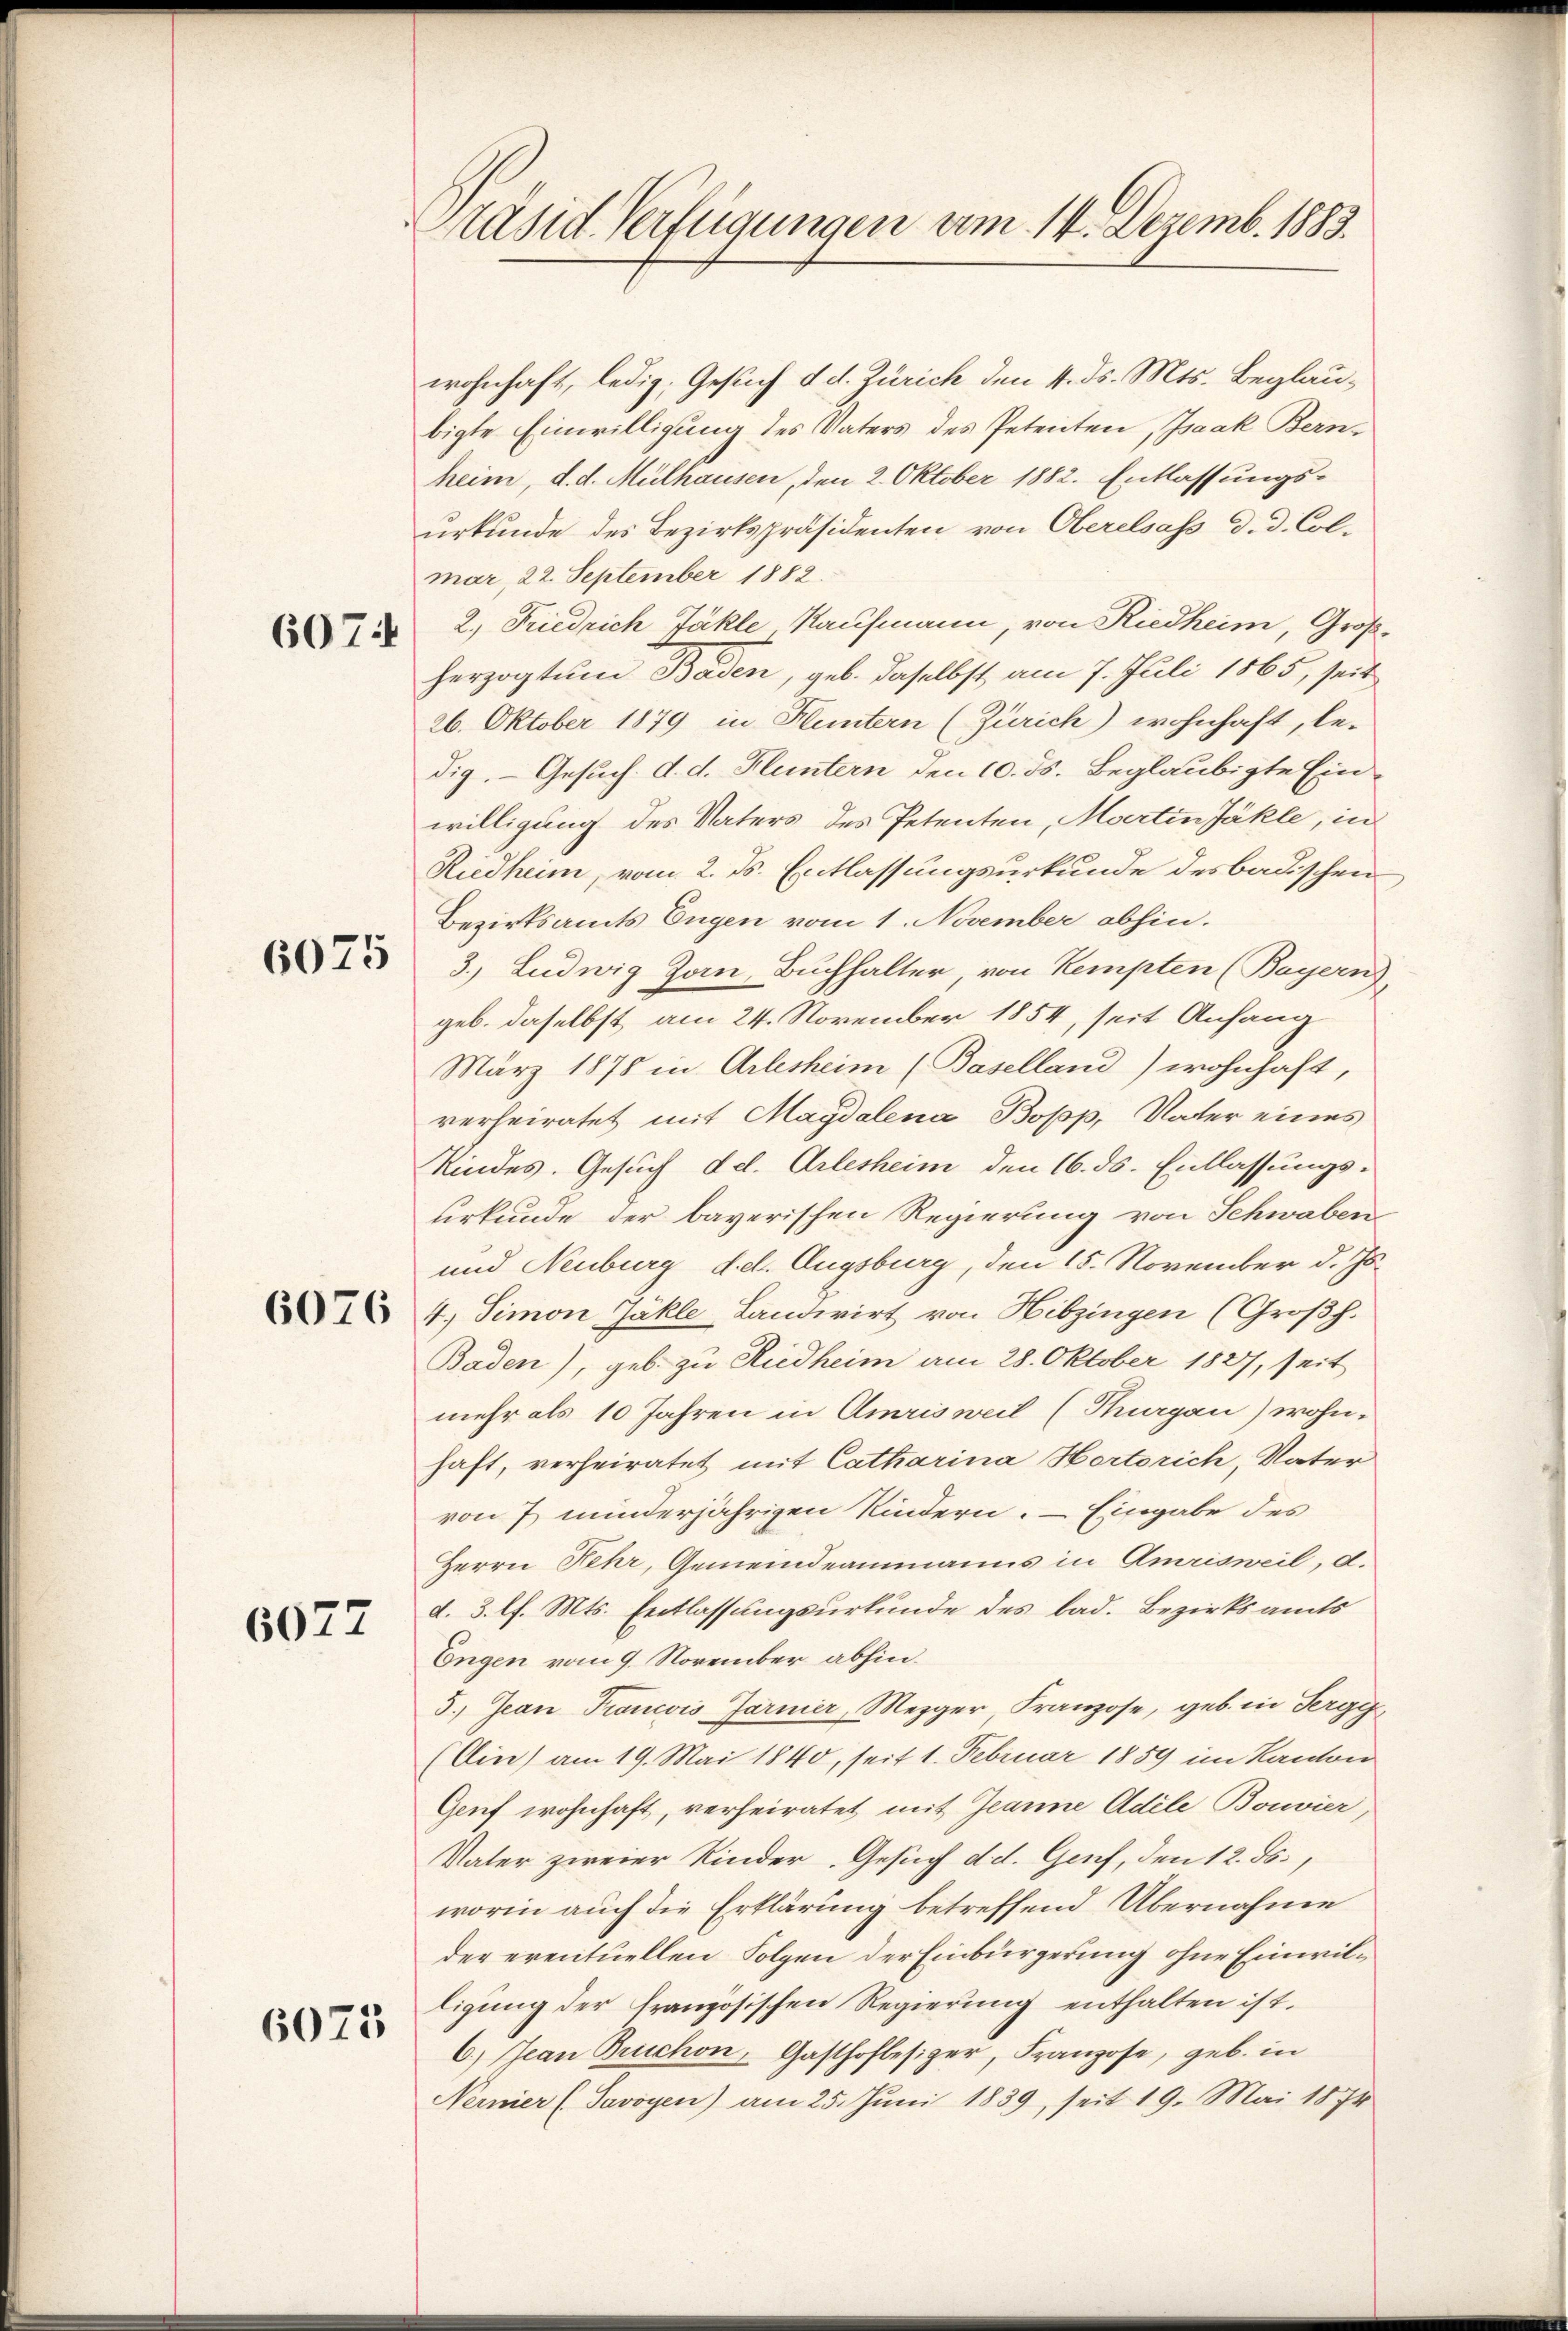
607:

6075

6076

6027

6075

Präsid-Verfügungen vom 14. Dezemb. 1883.

wohnhaft, ledig, Gesuch d. d. Zürich den 4. ds. Mts. Beglaubigte Einwilligung des Vaters des Petenten, Isaak Bernheim, d. d. Mülhausen, den 2. Oktober 1882. Entlassungs-
urkunde des Bezirkspräsidenten von Oberelsass d. d. Col-
mar 22. September 1882.
2. Friedrich Jäkle Kaufmann, von Riedheim, Großherzogtum Baden, geb. daselbst, am 7. Juli 1865, seit
26. Oktober 1879 in Huntern (Zürich) wohnhaft, le-
dig. Gesuch. d. d. Fluntern den 10. ds. Beglaubigte Einwilligung des Vaters des Petenten, Martin Jäkle, in
Riedheim, vom 2. ds. Entlassungsurkunde des badischen
Bezirksamts Eugen vom 1. November abhin.
3.) Ludwig Zan, Buchhalter, von Kempten (Bayern)
geb. daselbst am 24. November 1854, seit Anfang
März 1878 in Arlesheim (Baselland) wohnhaft,
verheiratet mit Magdalena Bopp, Vater eines
Kindes. Gesuch de. Arlesheim den 16. ds. Entlassungs-
urkunde der bayerischen Regierung von Schwaben
und Neuburg dch. Augsburg, den 15. November d. Js.
4.) Simon Jäkle-Landwirt von Hitzingen (Großh.
Baden), geb. zu Riedheim am 28. Oktober 1827, seit
mehr als 10 Jahren in Amrisweil (Targau) wohn-
haft, verheiratet mit Catharina Hortorich, Vater
von 7 minderjährigen Kindern. – Eingabe des
Herrn Fehr, Gemeindeammanns in Amrisweil, d.
d. 3. l. Mts. Entlassungsurkunde des bad. Bezirksamts
Engen vom 9. November abhin.
5.) Jean Francois Järmer, Mezger Franzose, geb. in Sergi
(Cin) am 19. Mai 1840, seit 1. Februar 1859 im Kanton
Gruf wohnhaft, verheiratet mit Jeanne Adele Bouvier,
Vater zweier Kinder Gesuch d. d. Genf, den 12. ds.,
worin auch die Erklärung betreffend Übernahme
der eventuellen Folgen der Einbürgerung ohne Einwilligung der französischen Regierung enthalten ist.
6.) Jean Bruchon, Gasthofbesizer, Franzose, geb. in
Nernier (Savoyen) am 25. Jŭni 1839, seit 19. Mai 1874